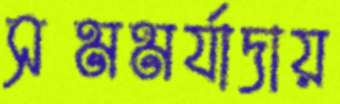
সমমর্যাদায়